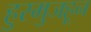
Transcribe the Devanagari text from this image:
हुरमुजहून